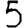
Digit: 5